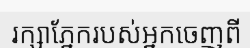
រក្សាភ្នែករបស់អ្នកចេញពី